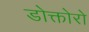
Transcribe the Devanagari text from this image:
डोक्तोरो